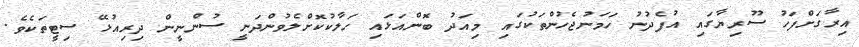
އިރާގަށްފަހު ސޫރިޔާގައި އުފެދުނު ހަމަނުޖެހުންތަކުގައި މިއަދު ބޮންއަޅައި ހަލާކުކޮށްލެވުންދަނީ ސުންނީން ދިރިއުޅޭ ސިޓީތަކެވެ.